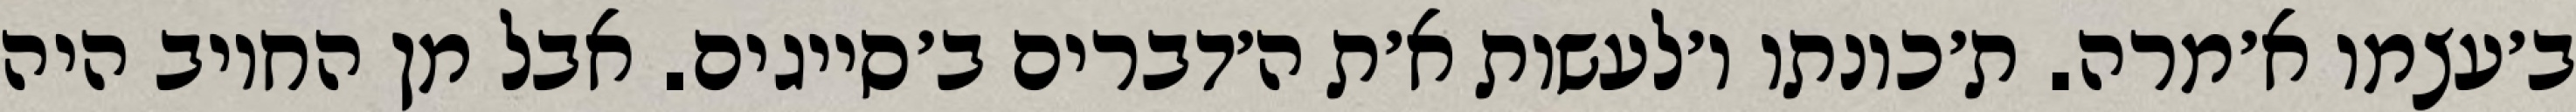
ב׳עצמו א׳מרה. ת׳כונתו ו׳לעשות א׳ת ה׳דברים ב׳סייגים. אבל מן החיוב היה